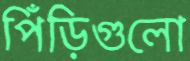
পিঁড়িগুলো